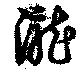
瀧